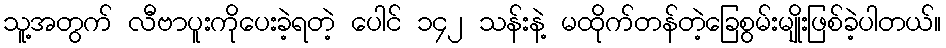
သူ့အတွက် လီဗာပူးကိုပေးခဲ့ရတဲ့ ပေါင် ၁၄၂ သန်းနဲ့ မထိုက်တန်တဲ့ခြေစွမ်းမျိုးဖြစ်ခဲ့ပါတယ်။